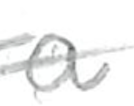
Text: a
Cross-out: double-line
Writing tool: pencil